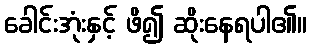
ခေါင်းအုံးနှင့် ဖိ၍ ဆိုးနေရပါ၏။